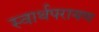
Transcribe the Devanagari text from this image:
स्वार्थपरायण